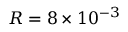
R = 8 \times 1 0 ^ { - 3 }